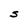
Character: S